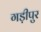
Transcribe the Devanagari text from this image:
गड़ीपुर